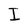
Character: I